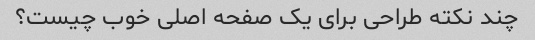
چند نکته طراحی برای یک صفحه اصلی خوب چیست؟